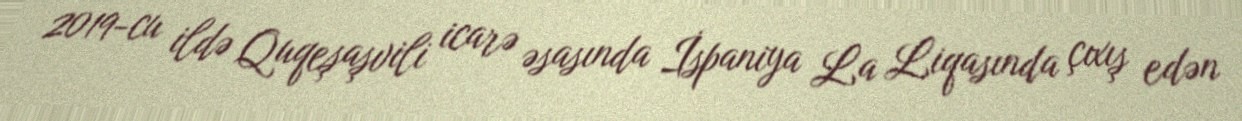
2019-cu ildə Quqeşaşvili icarə əsasında İspaniya La Liqasında çıxış edən